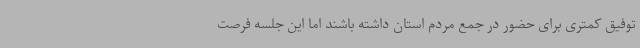
توفیق کمتری برای حضور در جمع مردم استان داشته باشند اما این جلسه فرصت